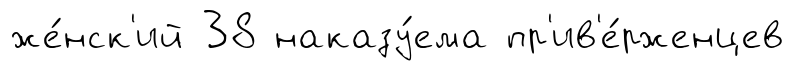
же́нск'ий 38 наказу́ема пр'ив'е́рженцев